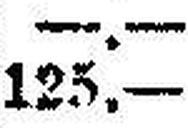
125.—